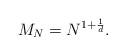
LaTeX: \begin{align*}M_N= N^{1+\frac{1}{d}}.\end{align*}